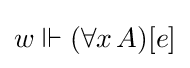
w\Vdash (\forall x\,A)[e]